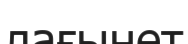
лағынет